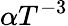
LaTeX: \alpha T^{-3}